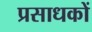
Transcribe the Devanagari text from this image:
प्रसाधकों